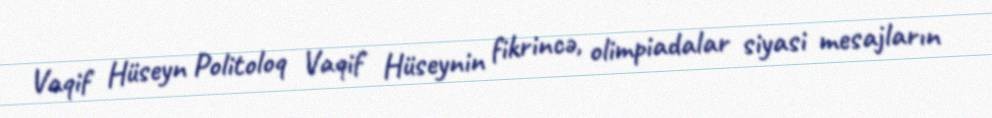
Vaqif Hüseyn Politoloq Vaqif Hüseynin fikrincə, olimpiadalar siyasi mesajların